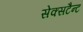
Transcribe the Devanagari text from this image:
सेक्सटैन्ट